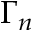
\Gamma _ { n }